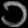
Digit: ၁